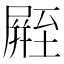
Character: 𪨛